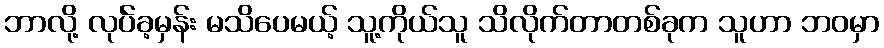
ဘာလို့ လုပ်ဲခ့မှန်း မသိပေမယ့် သူ့ကိုယ်သူ သိလိုက်တာတစ်ခုက သူဟာ ဘဝမှာ